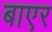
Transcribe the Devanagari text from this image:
बाएर